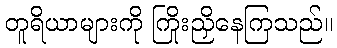
တူရိယာများကို ကြိုးညှိနေကြသည်။